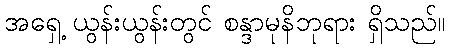
အရှေ့ ယွန်းယွန်းတွင် စန္ဒာမုနိဘုရား ရှိသည်။